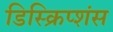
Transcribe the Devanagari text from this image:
डिस्क्रिप्शंस